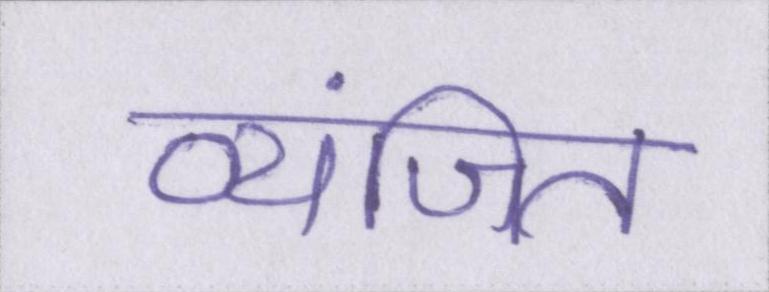
व्यंजित